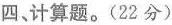
四、计算题。(22分)